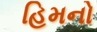
હિમનો